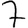
Digit: 7